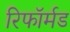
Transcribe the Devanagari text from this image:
रिफॉर्मड